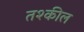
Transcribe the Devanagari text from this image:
तश्कील